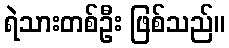
ရဲသားတစ်ဦး ဖြစ်သည်။